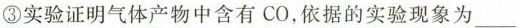
③实验证明气体产物中含有 CO，依据的实验现象为___